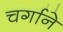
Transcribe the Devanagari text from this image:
चर्गाने